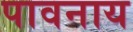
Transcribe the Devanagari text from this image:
पावनाय